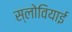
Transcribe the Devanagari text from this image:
स्लोवियाई